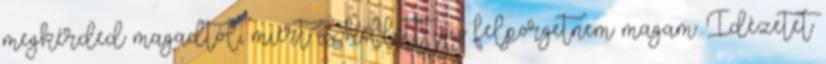
megkérded magadtól, miért is kellett így felpörgetnem magam. Idézetet